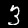
Label: 3